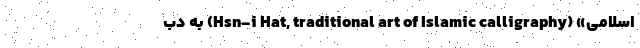
اسلامی» (Hsn-i Hat, traditional art of Islamic calligraphy) به دب